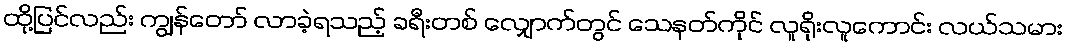
ထို့ပြင်လည်း ကျွန်တော် လာခဲ့ရသည့် ခရီးတစ် လျှောက်တွင် သေနတ်ကိုင် လူရိုးလူကောင်း လယ်သမား